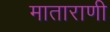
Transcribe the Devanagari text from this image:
माताराणी